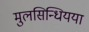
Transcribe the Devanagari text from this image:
मुलसिन्धियया